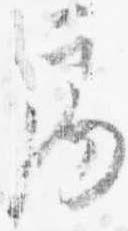
局